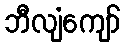
ဘီလျံကျော်